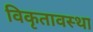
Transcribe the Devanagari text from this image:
विकृतावस्था